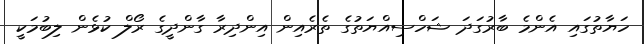
ހަޔާތުގައި އެންމެ ބާރުގަދަ ޝަހްސިއްޔަތުގެ ތެރެއިން އިންދިރާ ގާންދީގެ ރޯލް ކުޅެން ލިބުމަކީ